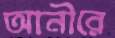
আনীরে